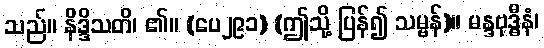
သည်။ နိဒ္ဒိသတိ၊ ၏။ (ပေ၂၉၁) (ဤသို့ ပြန်၍ သမ္ဗန်)။ မန္ဒဗုဒ္ဓီနံ၊